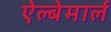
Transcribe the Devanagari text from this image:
ऐल्बेमार्ल